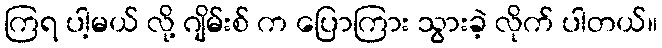
ကြရ ပါ့မယ် လို့ ဂျိမ်းစ် က ပြောကြား သွားခဲ့ လိုက် ပါတယ်။